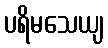
ပရိမသေယျ